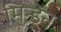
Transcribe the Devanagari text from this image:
मिन्डेन